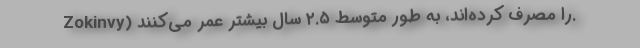
Zokinvy) را مصرف کرده‌اند، به طور متوسط ۲.۵ سال بیشتر عمر می‌کنند.